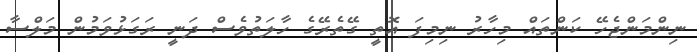
ނިންމަންޖެހޭ ކަންތައް މިހާރު ނިމިފަ އޮތީ ގޭތެރޭގެ ހާލަތުވެސް ދަނީ ރަގަޅުވަމުން މަލްސާ